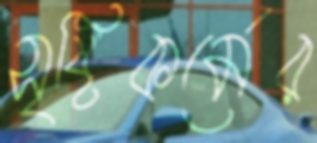
সৃষ্টিকর্মের